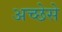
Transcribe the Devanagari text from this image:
अच्छेसे